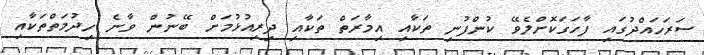
ސަރަހައްދުގައި ފާހަގަކޮށްލެވޭ ކުންފުނި ތަކާއި އިމާރަތް ތަކާއި ދިރިއުޅުމަށް ބޭނުން ވާނެ ހިދުމަތްތަކާއި